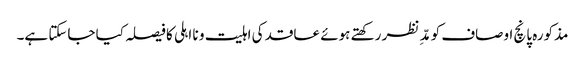
مذکورہ پانچ اوصاف کو مدِّ نظر رکھتے ہوئے عاقد کی اہلیت و نا اہلی کا فیصلہ کیا جاسکتا ہے۔